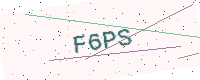
Text: F6PS